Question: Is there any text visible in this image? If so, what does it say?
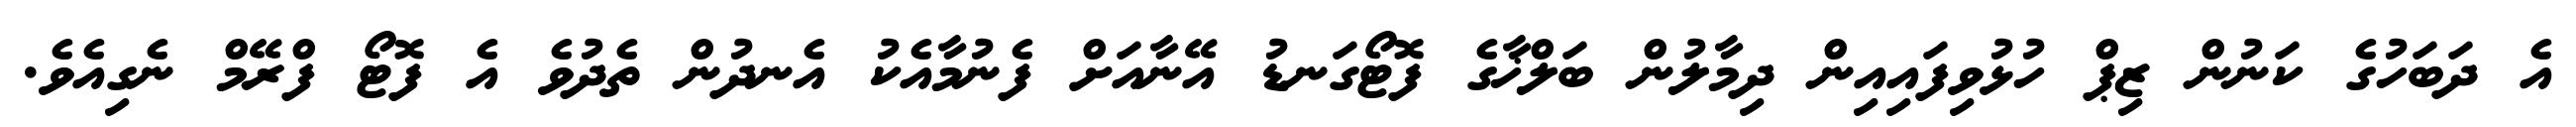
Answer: އެ ދަބަހުގެ ކަނުން ޒިޕް ހުޅުވިފައިއިން ދިމާލުން ބަލްޚާގެ ފޮޓޯގަނޑު އޭނާއަށް ފެނުމާއެކު އެނދުން ތެދުވެ އެ ފޮޓޯ ފްރޭމް ނެގިއެވެ.